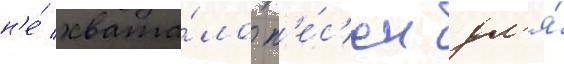
н'е́ хвата́ло п'е́с'ен дл'я́